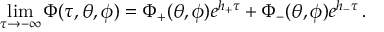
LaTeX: \operatorname * { l i m } _ { \tau \to - \infty } \Phi ( \tau , \theta , \phi ) = \Phi _ { + } ( \theta , \phi ) e ^ { h _ { + } \tau } + \Phi _ { - } ( \theta , \phi ) e ^ { h _ { - } \tau } \, .